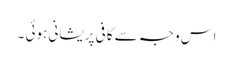
اس وجہ سے کافی پریشانی ہوئی ۔